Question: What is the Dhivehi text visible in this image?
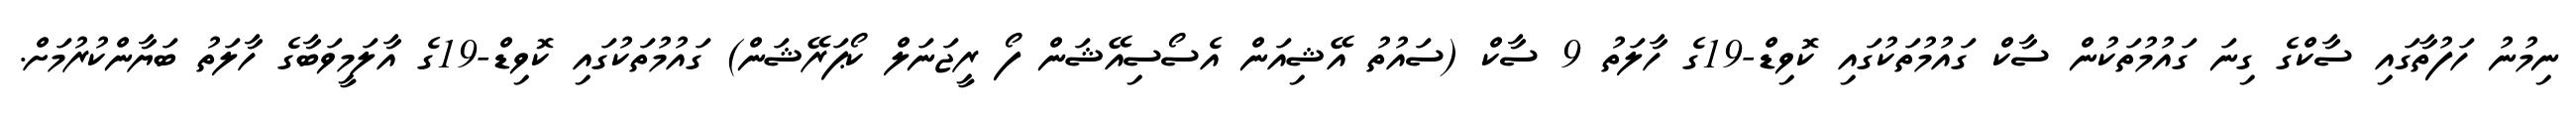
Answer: ނިމުނު ހަފުތާގައި ސާކްގެ ގިނަ ގައުމުތަކުން ސާކް ގައުމުތަކުގައި ކޮވިޑް-19ގެ ހާލަތު 9 ސާކް (ސައުތު އޭޝިއަން އެސޯސިއޭޝަން ފޯ ރީޖަނަލް ކޯޕަރޭޝަން) ގައުމުތަކުގައި ކޮވިޑް-19ގެ އާލަމީވަބާގެ ހާލަތު ބަޔާންކުރުމަށް.